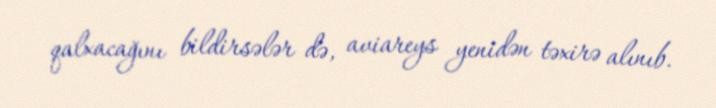
qalxacağını bildirsələr də, aviareys yenidən təxirə alınıb.